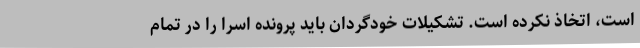
است، اتخاذ نکرده است. تشکیلات خودگردان باید پرونده اسرا را در تمام